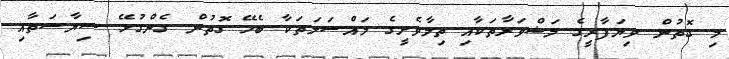
މި ގޮތުން ވިޔަފާރީގެ މަޝްވަރާތަކާއި ތިމާވެށީގެ މައްސަލަތަކާ ބެހޭ ގޮތުން ގެންގުޅޭ ސިޔާސަތާއި